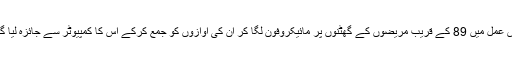
اس عمل میں 89 کے قریب مریضوں کے گھٹنوں پر مائیکروفون لگا کر ان کی آوازوں کو جمع کرکے اس کا کمپیوٹر سے جائزہ لیا گیا۔